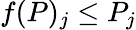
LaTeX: f(P)_{j}\leq P_{j}